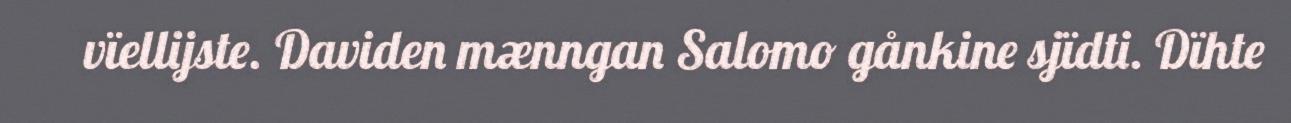
vïellijste. Daviden mænngan Salomo gånkine sjïdti. Dïhte